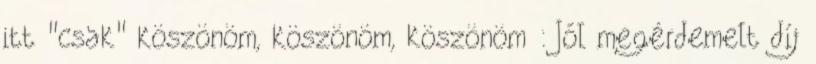
itt "csak" köszönöm, köszönöm, köszönöm : Jól megérdemelt díj